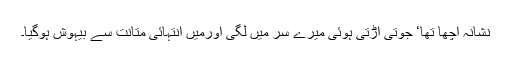
نشانہ اچھا تھا‘ جوتی اُڑتی ہوئی میرے سر میں لگی اورمیں انتہائی متانت سے بیہوش ہوگیا۔